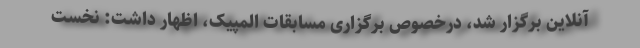
آنلاین برگزار شد، درخصوص برگزاری مسابقات المپیک، اظهار داشت: نخست